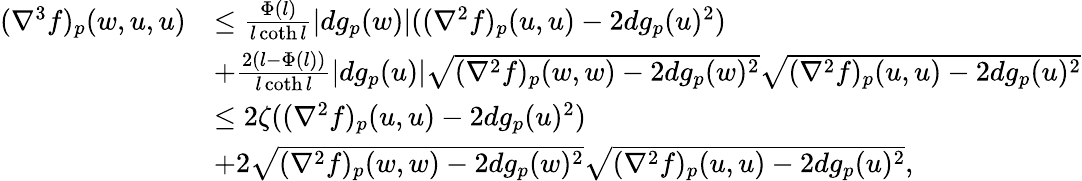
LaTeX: \begin{array}{rl}{(\nabla^{3}f)_{p}(w,u,u)}&{\leq\frac{\Phi(l)}{l\coth l}|dg_{p}(w)|((\nabla^{2}f)_{p}(u,u)-2dg_{p}(u)^{2})}\\ &{+\frac{2(l-\Phi(l))}{l\coth l}|dg_{p}(u)|\sqrt{(\nabla^{2}f)_{p}(w,w)-2dg_{p}(w)^{2}}\sqrt{(\nabla^{2}f)_{p}(u,u)-2dg_{p}(u)^{2}}}\\ &{\leq 2\zeta((\nabla^{2}f)_{p}(u,u)-2dg_{p}(u)^{2})}\\ &{+2\sqrt{(\nabla^{2}f)_{p}(w,w)-2dg_{p}(w)^{2}}\sqrt{(\nabla^{2}f)_{p}(u,u)-2dg_{p}(u)^{2}},}\end{array}